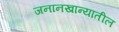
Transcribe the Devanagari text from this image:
जनानखान्यातील